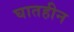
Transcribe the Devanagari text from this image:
घातहीन